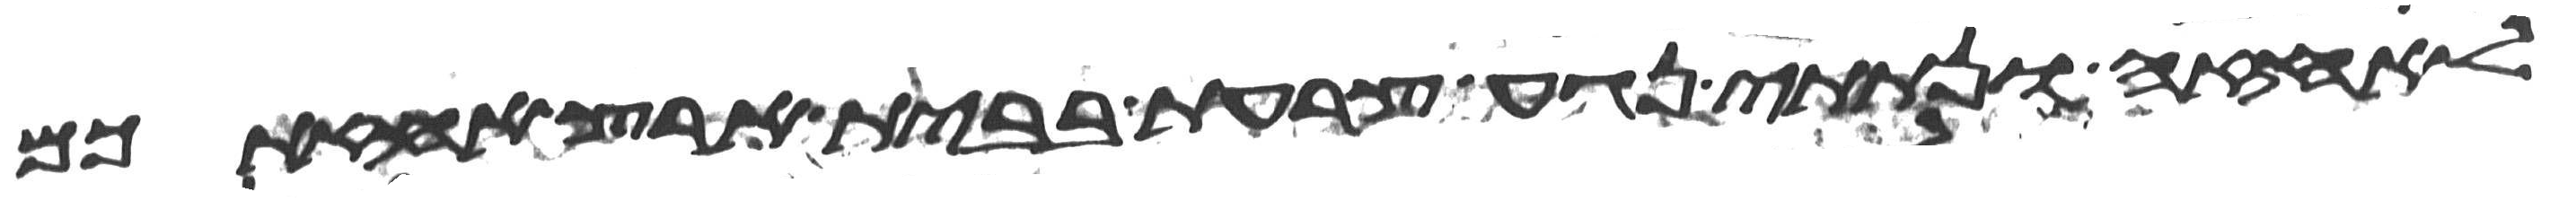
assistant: לאחזה ונתתי נגע צרעת בבית ארץ אחזתכם